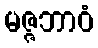
မဇ္ဇဘာဝံ